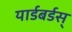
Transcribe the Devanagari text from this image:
यार्डबर्डस्